Vaccine operations Central Provinces 1900-1911 - 1900-1911
Year: 1900
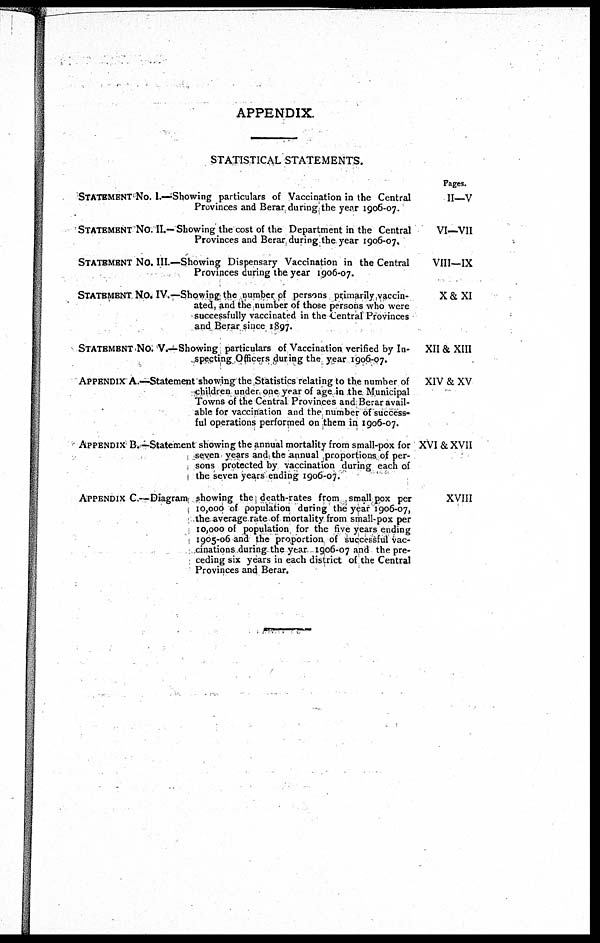
APPENDIX.
STATISTICAL STATEMENTS.
STATEMENT NO. I.—Showing particulars of Vaccination in the Central
Provinces and Berar during the year 1906-07.
STATEMENT NO. II.— Showing the cost of the Department in the Central
Provinces and Berar during the year 1906-07,
STATEMENT NO. III.—Showing Dispensary Vaccination in the Central
Provinces during the year 1906-07.
STATEMENT. NO. IV.—Showing the number of persons primarily vaccin-
ated, and the number of those persons who were
successfully vaccinated in the Central Provinces
and Berar since 1897.
STATEMENT NO. V.—Showing particulars of Vaccination verified by In-
specting Officers during the year 1906-07.
APPENDIX A.—Statement showing the Statistics relating to the number of
children under one year of age in the Municipal
Towns of the Central Provinces and Berar avail-
able for vaccination and the number of success¬
ful operations performed on them in 1906-07.
APPENDIX B.— Statement showing the annual mortality from small-pox for
seven years and the annual proportions of per-
sons protected by vaccination during each of
the seven years ending 1906-07.
APPENDIX C.— Diagram showing the death-rates from small pox per
10,000 of population during the year 1906-07,
the average rate of mortality from small-pox per
10,000 of population for the five years ending
1905-06 and the proportion of successful vac-
cinations during the year 1906-07 and the pre-
ceding six years in each district of the Central
Provinces and Berar.
Pages.
II—V
VI—VII
VIII—IX
X&XI
XII & XIII
XIV & XV
XVI & XVII
XVIII